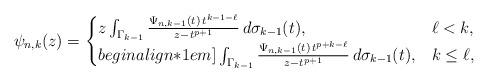
LaTeX: \begin{align*}\psi_{n,k}(z)=\begin{cases}z\int_{\Gamma_{k-1}}\frac{\Psi_{n,k-1}(t)\,t^{k-1-\ell}}{z-t^{p+1}}\,d\sigma_{k-1}(t), & \ell< k,\\begin{align*}1em]\int_{\Gamma_{k-1}}\frac{\Psi_{n,k-1}(t)\,t^{p+k-\ell}}{z-t^{p+1}}\,d\sigma_{k-1}(t), & k\leq \ell,\end{cases}\end{align*}